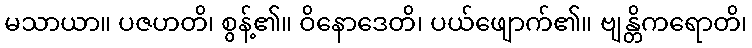
မသာယာ။ ပဇဟတိ၊ စွန့်၏။ ဝိနောဒေတိ၊ ပယ်ဖျောက်၏။ ဗျန္တိကရောတိ၊